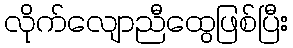
လိုက်လျောညီထွေဖြစ်ပြီး